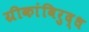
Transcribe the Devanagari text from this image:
ग्रीकांविरुद्ध